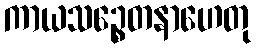
ကာယသဉ္စေတနာဟေတု